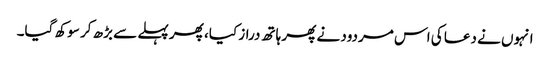
انہوں نے دعا کی اس مردود نے پھر ہاتھ دراز کیا، پھر پہلے سے بڑھ کر سوکھ گیا۔